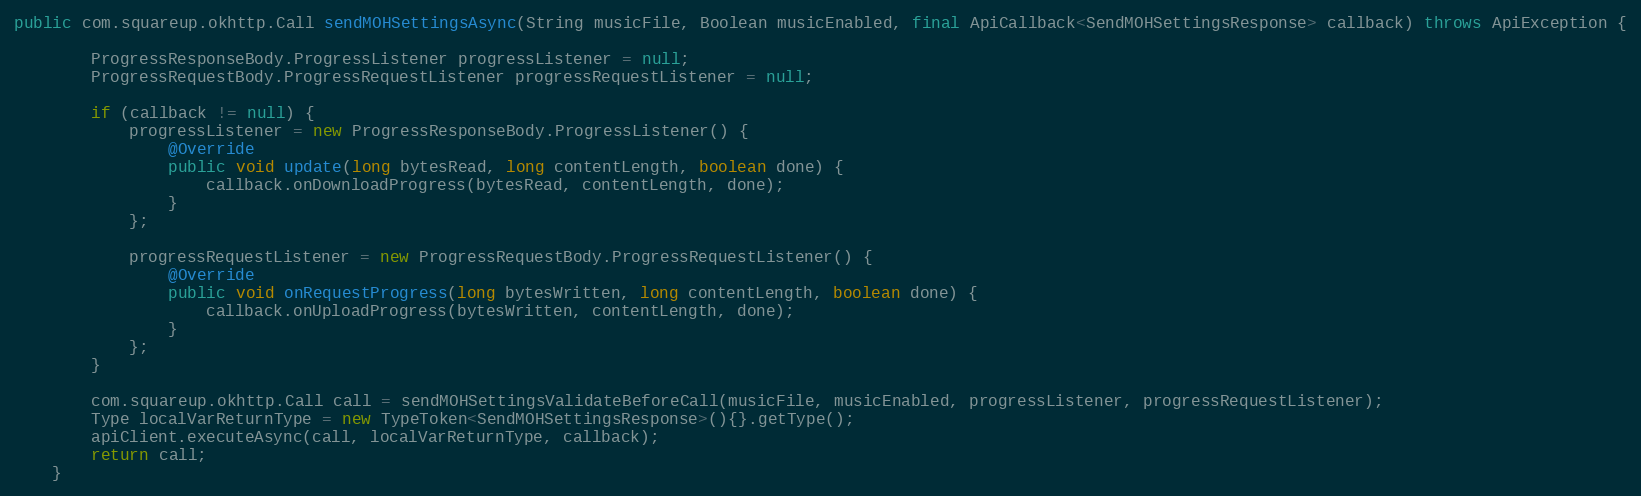
Language: Java
public com.squareup.okhttp.Call sendMOHSettingsAsync(String musicFile, Boolean musicEnabled, final ApiCallback<SendMOHSettingsResponse> callback) throws ApiException {

        ProgressResponseBody.ProgressListener progressListener = null;
        ProgressRequestBody.ProgressRequestListener progressRequestListener = null;

        if (callback != null) {
            progressListener = new ProgressResponseBody.ProgressListener() {
                @Override
                public void update(long bytesRead, long contentLength, boolean done) {
                    callback.onDownloadProgress(bytesRead, contentLength, done);
                }
            };

            progressRequestListener = new ProgressRequestBody.ProgressRequestListener() {
                @Override
                public void onRequestProgress(long bytesWritten, long contentLength, boolean done) {
                    callback.onUploadProgress(bytesWritten, contentLength, done);
                }
            };
        }

        com.squareup.okhttp.Call call = sendMOHSettingsValidateBeforeCall(musicFile, musicEnabled, progressListener, progressRequestListener);
        Type localVarReturnType = new TypeToken<SendMOHSettingsResponse>(){}.getType();
        apiClient.executeAsync(call, localVarReturnType, callback);
        return call;
    }